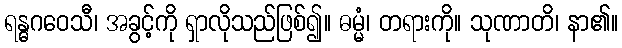
ရန္ဓဂဝေသီ၊ အခွင့်ကို ရှာလိုသည်ဖြစ်၍။ ဓမ္မံ၊ တရားကို။ သုဏာတိ၊ နာ၏။